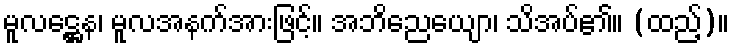
မူလဋ္ဌေန၊ မူလအနက်အားဖြင့်။ အဘိညေယျော၊ သိအပ်၏။ (ထည့်)။